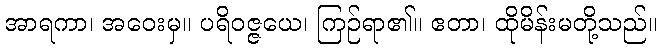
အာရကာ၊ အဝေးမှ။ ပရိဝဇ္ဇယေ၊ ကြဉ်ရာ၏။ ဧတာ၊ ထိုမိန်းမတို့သည်။